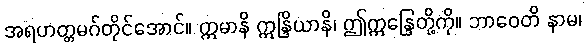
အရဟတ္တမဂ်တိုင်အောင်။ ဣမာနိ ဣန္ဒြိယာနိ၊ ဤဣန္ဒြေတို့ကို။ ဘာဝေတိ နာမ၊